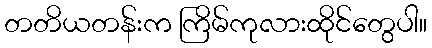
တတိယတန်းက ကြိမ်ကုလားထိုင်တွေပါ။